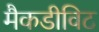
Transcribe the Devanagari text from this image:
मैकडीविट